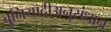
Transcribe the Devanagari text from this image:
बुनियादीअनुसंधान